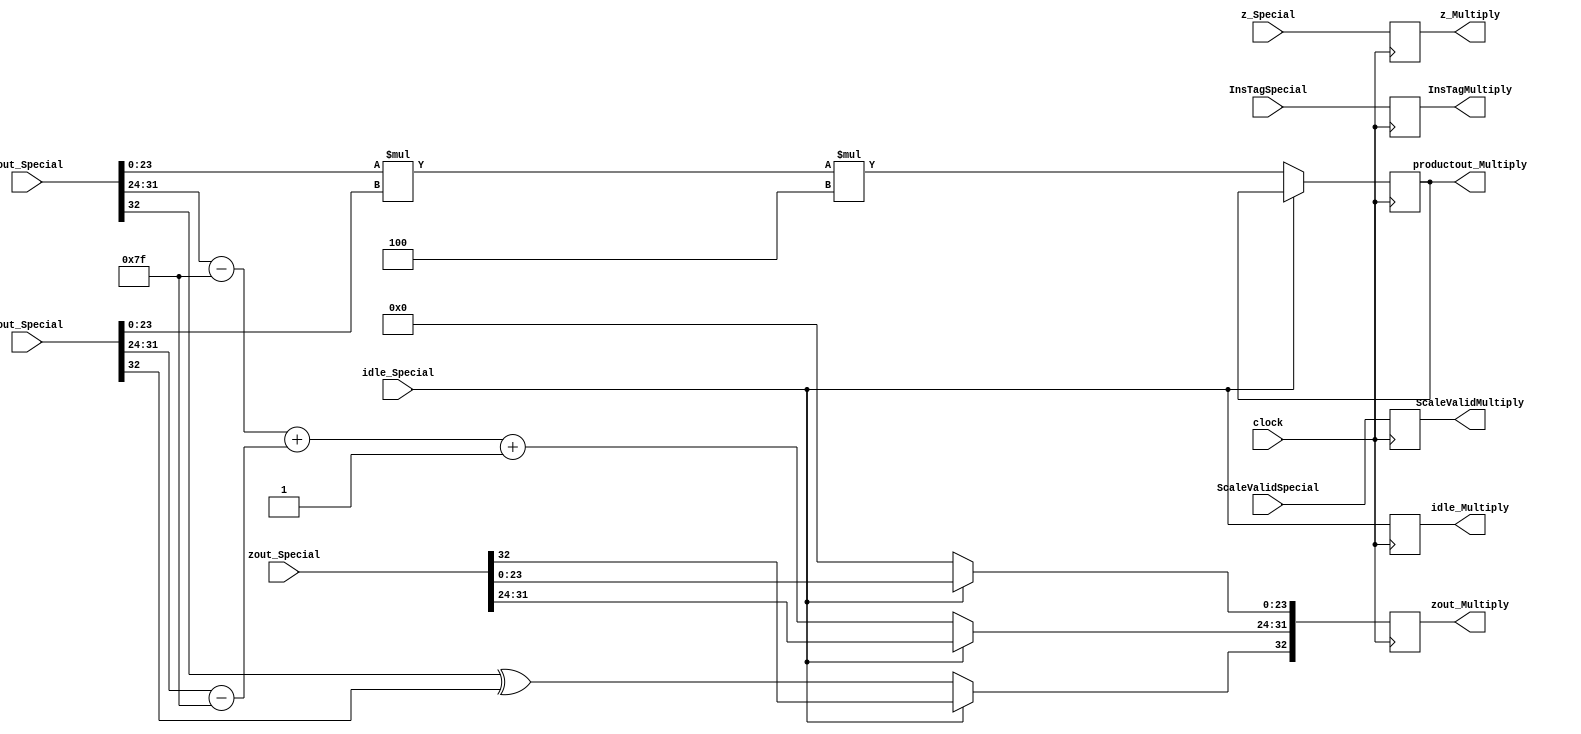
module MultiplyMultDescale(
	input [32:0] aout_Special,
	input [32:0] bout_Special,
	input [32:0] zout_Special,
	input idle_Special,
	input [7:0] InsTagSpecial,
	input ScaleValidSpecial,
	input [31:0] z_Special,
	input clock,
	output reg idle_Multiply,
	output reg [32:0] zout_Multiply,
	output reg [49:0] productout_Multiply,
	output reg [7:0] InsTagMultiply,
	output reg ScaleValidMultiply,
	output reg [31:0] z_Multiply
    );

parameter no_idle = 1'b0,
			 put_idle = 1'b1;

wire a_sign;
wire [7:0] a_exponent;
wire [23:0] a_mantissa;

wire b_sign;
wire [7:0] b_exponent;
wire [23:0] b_mantissa;

assign a_sign = aout_Special[32];
assign a_exponent = aout_Special[31:24] - 127;
assign a_mantissa = {aout_Special[23:0]};

assign b_sign = bout_Special[32];
assign b_exponent = bout_Special[31:24] - 127;
assign b_mantissa = {bout_Special[23:0]};

			 
always @ (posedge clock)
begin
	
	z_Multiply <= z_Special;
	ScaleValidMultiply <= ScaleValidSpecial;
	InsTagMultiply <= InsTagSpecial;
	idle_Multiply <= idle_Special;
	
	if (idle_Special == no_idle) begin
	
		zout_Multiply[32] <= a_sign ^ b_sign;
		zout_Multiply[31:24] <= a_exponent + b_exponent + 1;
		zout_Multiply[23:0] <= 0;
		productout_Multiply <= a_mantissa * b_mantissa * 4;
		
	end
	
	else begin
		zout_Multiply <= zout_Special;
	end
	
end
endmodule